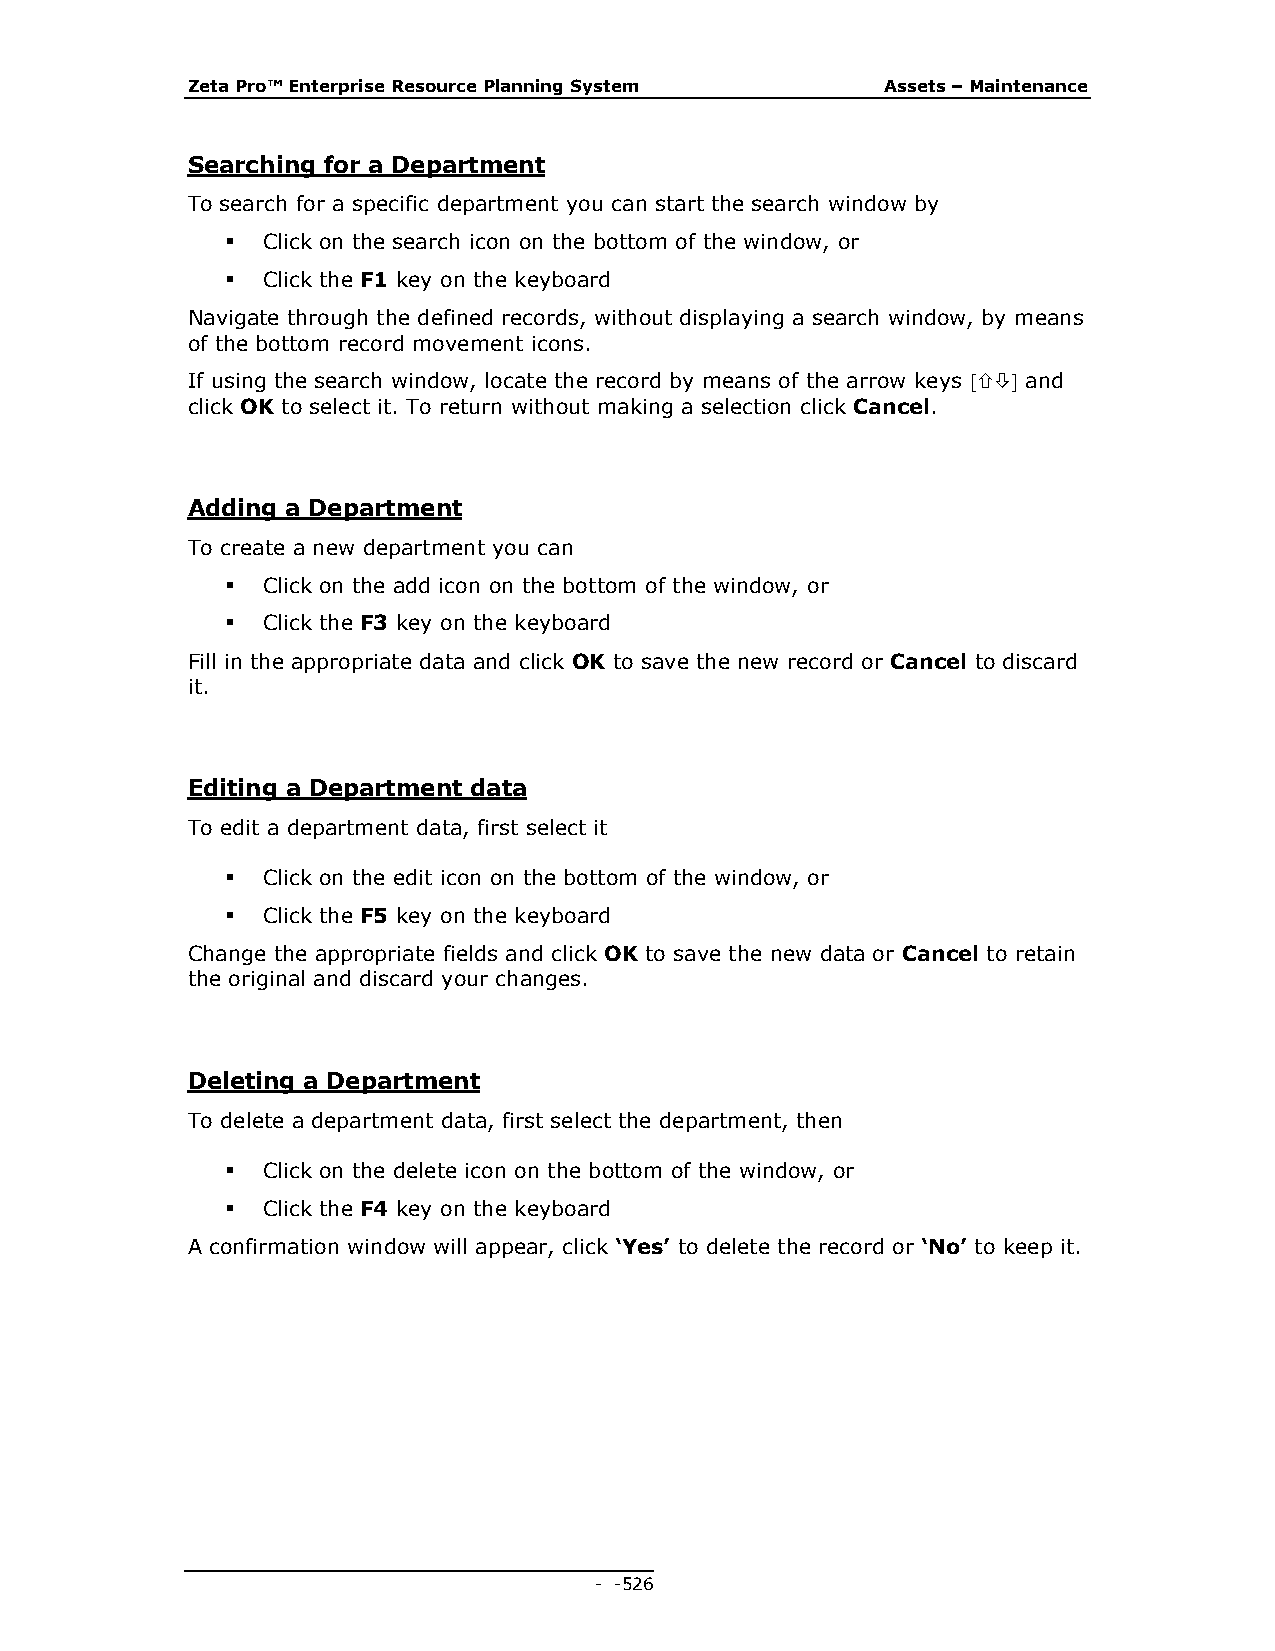
Zeta Pro™ Enterprise Resource Planning System  Assets – Maintenance
 Searching for a Department
 To search for a specific department you can start the search window by
  Click on the search icon on the bottom of the window, or
  Click the F1 key on the keyboard
 Navigate through the defined records, without displaying a search window, by means
 of the bottom record movement icons.
 If using the search window, locate the record by means of the arrow keys  and
 click OK to select it. To return without making a selection click Cancel.
 Adding a Department
 To create a new department you can
  Click on the add icon on the bottom of the window, or
  Click the F3 key on the keyboard
 Fill in the appropriate data and click OK to save the new record or Cancel to discard
 it.
 Editing a Department data
 To edit a department data, first select it
  Click on the edit icon on the bottom of the window, or
  Click the F5 key on the keyboard
 Change the appropriate fields and click OK to save the new data or Cancel to retain
 the original and discard your changes.
 Deleting a Department
 To delete a department data, first select the department, then
  Click on the delete icon on the bottom of the window, or
  Click the F4 key on the keyboard
 A confirmation window will appear, click ‘Yes’ to delete the record or ‘No’ to keep it.
 - - 526